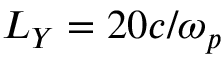
L _ { Y } = 2 0 c / \omega _ { p }